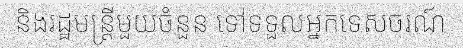
និងរដ្ឋមន្ត្រីមួយចំនួន ទៅទទួលអ្នកទេសចរណ៍